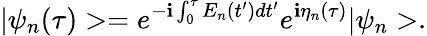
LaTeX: |\psi_{n}(\tau)>=e^{-\mathbf{i}\int_{0}^{\tau}E_{n}(t^{\prime})dt^{\prime}}e^{\mathbf{i}\eta_{n}(\tau)}|\psi_{n}>.